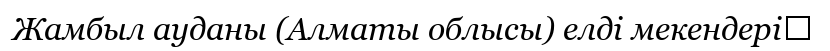
Жамбыл ауданы (Алматы облысы) елді мекендері‎